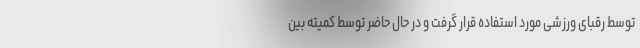
توسط رقبای ورزشی مورد استفاده قرار گرفت و در حال حاضر توسط کمیته بین